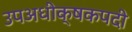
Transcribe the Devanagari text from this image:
उपअधीक्षकपदी